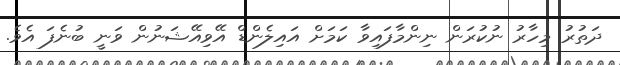
ދަތުރު މިހާރު ނުކުރަން ނިންމާފައިވާ ކަމަށް އައިލެންޑް އޭވިއޭޝަނުން ވަނީ ބުނެފަ އެވެ.